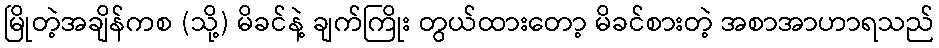
မြိုတဲ့အချိန်ကစ (သို့) မိခင်နဲ့ ချက်ကြိုး တွယ်ထားတော့ မိခင်စားတဲ့ အစာအာဟာရသည်